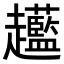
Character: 𧾲